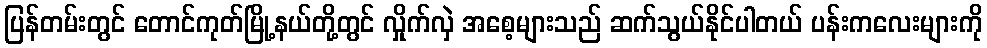
ပြန်တမ်းတွင် တောင်ကုတ်မြို့နယ်တို့တွင် လှိုက်လှဲ အစေ့များသည် ဆက်သွယ်နိုင်ပါတယ် ပန်းကလေးများကို